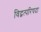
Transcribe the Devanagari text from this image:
विद्वत्परिषदा